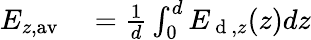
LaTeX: \begin{array}{rl}{E_{z,\mathrm{av}}}&{{}=\frac{1}{d}\int_{0}^{d}E_{\mathrm{~d~},z}(z)dz}\end{array}